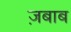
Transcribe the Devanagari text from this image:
ज़बाब